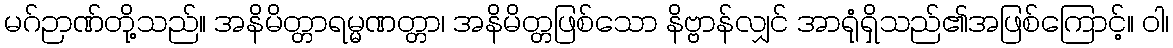
မဂ်ဉာဏ်တို့သည်။ အနိမိတ္တာရမ္မဏတ္တာ၊ အနိမိတ္တဖြစ်သော နိဗ္ဗာန်လျှင် အာရုံရှိသည်၏အဖြစ်ကြောင့်။ ဝါ၊